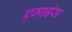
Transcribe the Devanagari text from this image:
एमाइंस